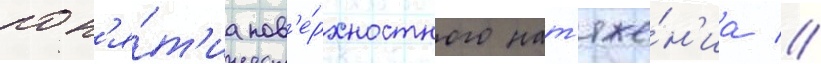
пон'я́т'иа пов'е́рхностного нат'яже́н'иа //